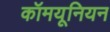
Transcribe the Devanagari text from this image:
कॉमयूनियन